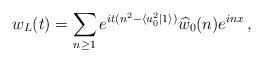
LaTeX: \begin{align*}w_L(t) = \sum_{n \ge 1} e^{it(n^2 - \langle u_0^2 | 1 \rangle)}\widehat w_0(n) e^{inx} \, ,\end{align*}